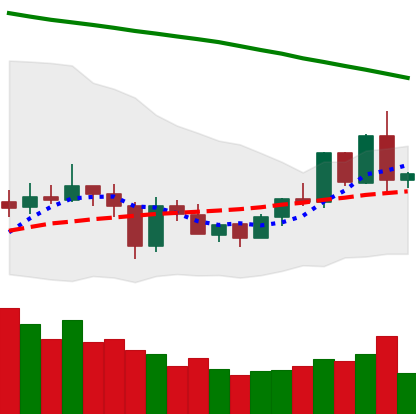
Ticker: EOS-USD
Chart end date: 2020-06-03
Forward return: 3.263%
Label: up_3_5